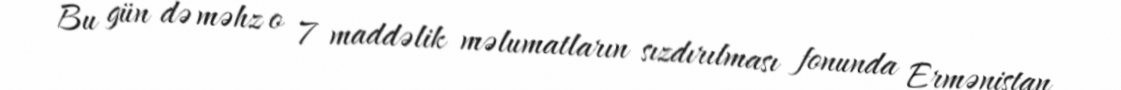
Bu gün də məhz o 7 maddəlik məlumatların sızdırılması fonunda Ermənistan